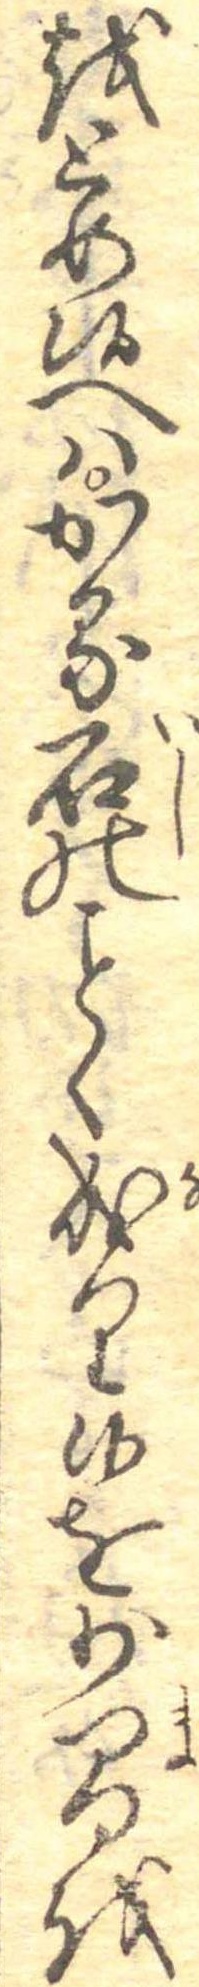
をとめ候へはかる石のく成り候を少間を